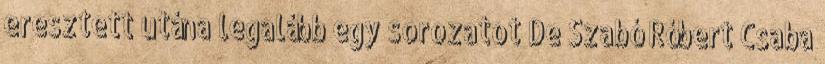
eresztett utána legalább egy sorozatot De Szabó Róbert Csaba